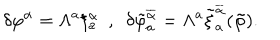
LaTeX: \delta \varphi ^ { \alpha } = \Lambda ^ { a } \xi _ { a } ^ { \alpha } \ \ , \ \ \delta \tilde { \varphi } _ { a } ^ { \overline { { { \alpha } } } } = \Lambda ^ { a } \tilde { \xi } _ { a } ^ { \overline { { { \alpha } } } } ( \tilde { \varphi } ) .